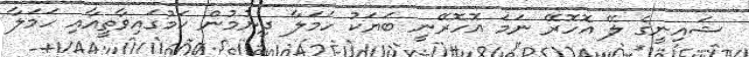
ޝައިނީގެ ލޭ އޮހޮރޭ ނަމަ އޮހޮރޭނީ ބަޔަކު ހަމަލާ ދިނުމުން ކަމުގައިވާތީއާއި ހަމަލާ